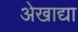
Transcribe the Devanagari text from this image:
अेखाद्या